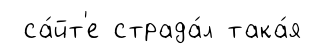
са́йт'е страда́л така́я